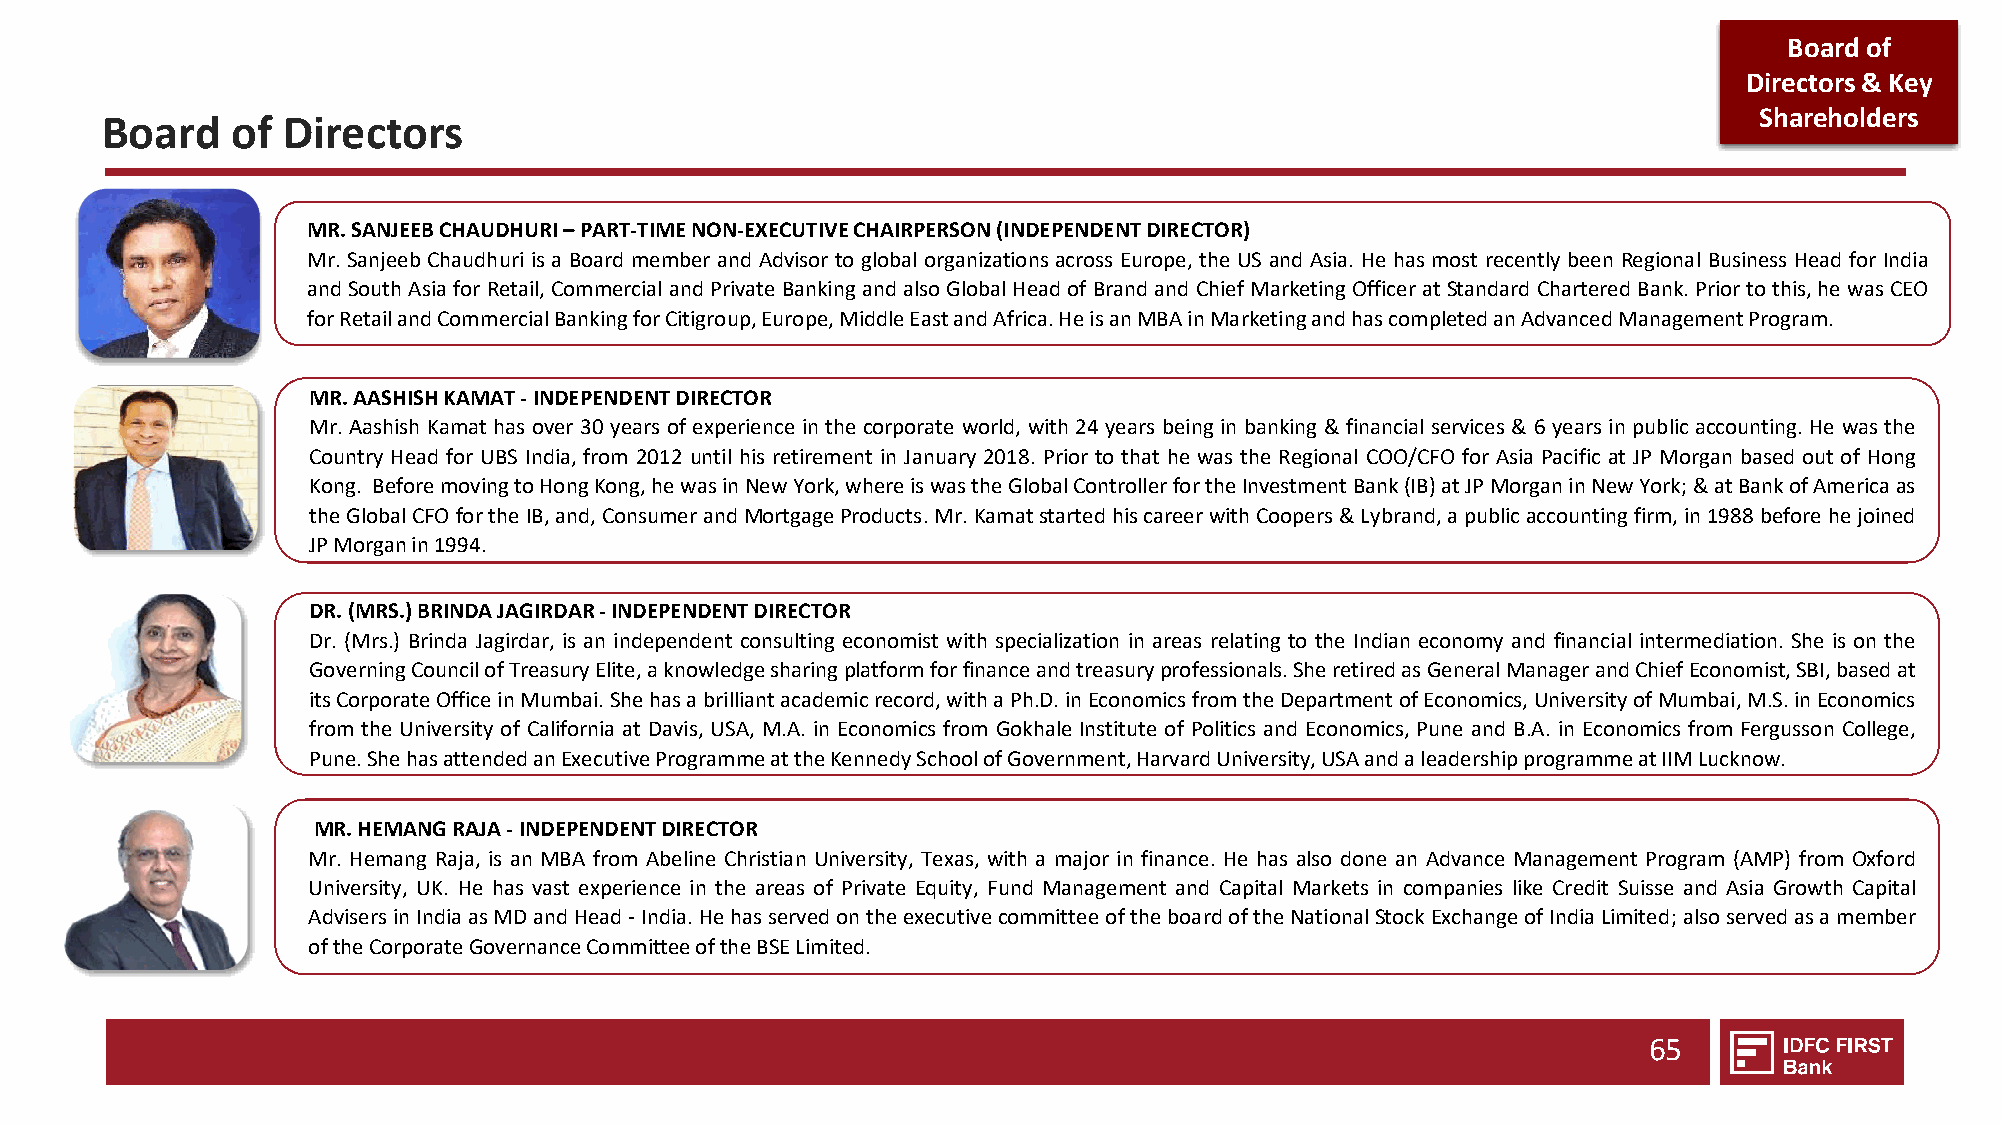
Board of
 Directors & Key
 Shareholders
 Board   of  Directors
 MR. SANJEEB CHAUDHURI –PART-TIME NON-EXECUTIVE CHAIRPERSON (INDEPENDENT DIRECTOR)
 Mr. Sanjeeb Chaudhuri is a Board member and Advisor to global organizations across Europe, the US and Asia. He has most recently been Regional Business Head for India
 andSouthAsia forRetail,CommercialandPrivate Bankingandalso GlobalHeadofBrandandChiefMarketingOfficerat StandardChartered Bank.Priortothis,he was CEO
 forRetailandCommercialBankingforCitigroup,Europe,MiddleEastandAfrica.HeisanMBAinMarketingandhascompletedanAdvancedManagementProgram.
 MR.AASHISHKAMAT-INDEPENDENTDIRECTOR
 Mr. Aashish Kamat has over 30 years of experience in the corporate world, with 24 years being in banking & financial services & 6 years in public accounting. He was the
 Country Head for UBS India, from 2012 until his retirement in January 2018. Prior to that he was the Regional COO/CFO for Asia Pacific at JP Morgan based out of Hong
 Kong. BeforemovingtoHongKong,hewasinNewYork,whereiswastheGlobalControllerfortheInvestmentBank(IB)atJPMorganinNewYork;&atBankofAmericaas
 theGlobalCFOfortheIB,and,ConsumerandMortgageProducts.Mr.KamatstartedhiscareerwithCoopers&Lybrand,apublicaccountingfirm,in1988beforehejoined
 JPMorganin1994.
 DR. (MRS.) BRINDA JAGIRDAR -INDEPENDENT DIRECTOR
 Dr. (Mrs.) Brinda Jagirdar, is an independent consulting economist with specialization in areas relating to the Indian economy and financial intermediation. She is on the
 GoverningCouncilofTreasuryElite,aknowledgesharingplatformforfinanceandtreasuryprofessionals.SheretiredasGeneralManagerandChiefEconomist,SBI,basedat
 itsCorporateOfficeinMumbai.Shehasabrilliantacademicrecord,withaPh.D.inEconomicsfromtheDepartmentofEconomics,UniversityofMumbai,M.S.inEconomics
 from the University of California at Davis, USA, M.A. in Economics from Gokhale Institute of Politics and Economics, Pune and B.A. in Economics from Fergusson College,
 Pune.ShehasattendedanExecutiveProgrammeattheKennedySchoolofGovernment,HarvardUniversity,USAandaleadershipprogrammeatIIMLucknow.
 MR. HEMANG RAJA -INDEPENDENT DIRECTOR
 Mr. Hemang Raja, is an MBA from Abeline Christian University, Texas, with a major in finance. He has also done an Advance Management Program (AMP) from Oxford
 University, UK. He has vast experience in the areas of Private Equity, Fund Management and Capital Markets in companies like Credit Suisse and Asia Growth Capital
 AdvisersinIndiaasMDandHead-India.HehasservedontheexecutivecommitteeoftheboardoftheNationalStockExchangeofIndiaLimited;alsoservedasamember
 oftheCorporateGovernanceCommitteeoftheBSELimited.
 65